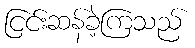
ငြင်းဆန်ခဲ့ကြသည်